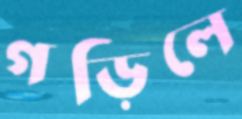
গড়িলে